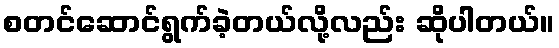
စတင်ဆောင်ရွက်ခဲ့တယ်လို့လည်း ဆိုပါတယ်။